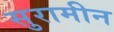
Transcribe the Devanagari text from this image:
सुरामीन